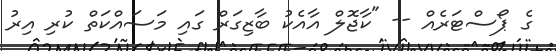
ގެ ޕޯސްޓަރެއް -- "ކާޖޮލް އާއެކު ބާޒިގަރް ގައި މަސައްކަތް ކުރި އިރު